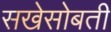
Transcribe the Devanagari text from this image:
सखेसोबती